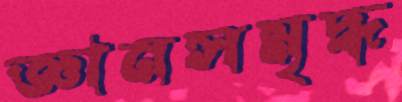
জ্ঞানসমৃদ্ধ